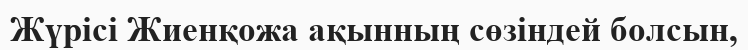
Жүрісі Жиенқожа ақынның сөзіндей болсын,